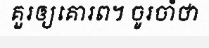
គួរឲ្យគោរព។ ចូរចាំថា